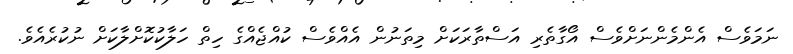
ނަމަވެސް އެންމެންނަށްވެސް އޯގާތެރި އަސްތާރަކަށް މިތަނުން އެއްވެސް ކުއްޖެއްގެ ހިތް ހަލާކުކޮށްލާކަށް ނުކުރެއެވެ.